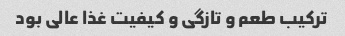
ترکیب طعم و تازگی و کیفیت غذا عالی بود